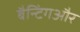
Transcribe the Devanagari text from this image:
बैन्टिंगऔर